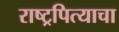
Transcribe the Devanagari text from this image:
राष्ट्रपित्याचा